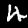
Digit: 4